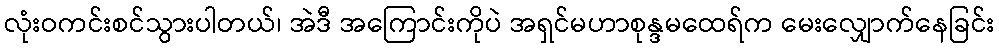
လုံးဝကင်းစင်သွားပါတယ်၊ အဲဒီ အကြောင်းကိုပဲ အရှင်မဟာစုန္ဒမထေရ်က မေးလျှောက်နေခြင်း